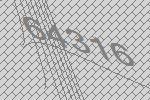
64316